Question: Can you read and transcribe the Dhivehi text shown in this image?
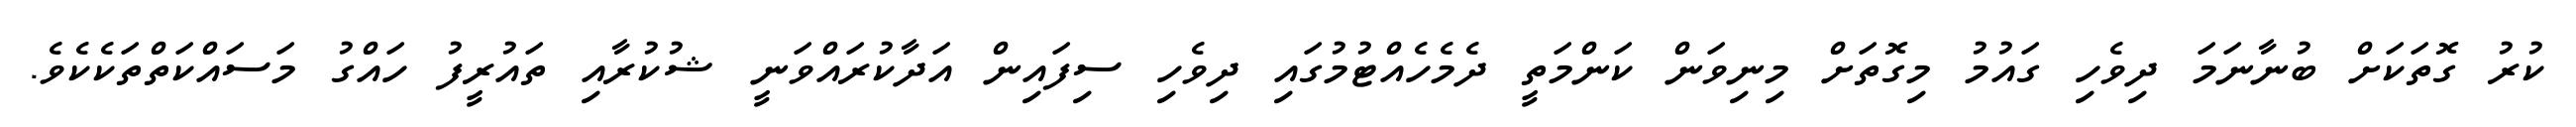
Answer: ކުރު ގޮތަކަށް ބުނާނަމަ ދިވެހި ގައުމު މިގޮތަށް މިނިވަން ކަންމަތީ ދެމެހެއްޓުމުގައި ދިވެހި ސިފައިން އަދާކުރައްވަނީ ޝުކުރާއި ތައުރީފު ހައްގު މަސައްކަތްތަކެކެވެ.